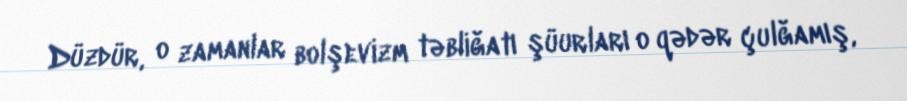
Düzdür, o zamanlar bolşevizm təbliğatı şüurları o qədər çulğamış,